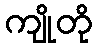
ကျိုတို